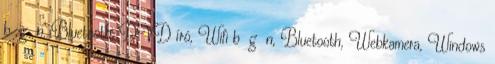
b g n, Bluetooth, DVD író, Wifi b g n, Bluetooth, Webkamera, Windows